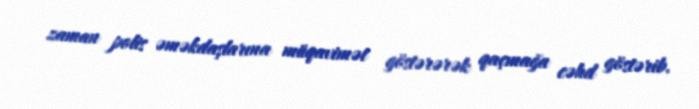
zaman polis əməkdaşlarına müqavimət göstərərək qaçmağa cəhd göstərib.